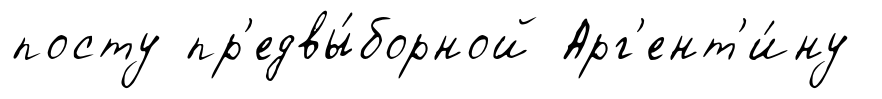
посту пр'едвы́борной Арг'ент'и́ну